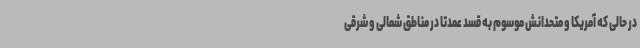
در حالی که آمریکا و متحدانش موسوم به قسد عمدتا در مناطق شمالی و شرقی